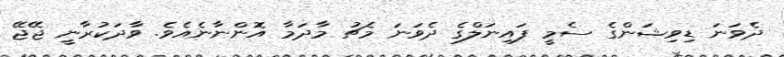
ދެވަނަ ޑިވިޝަންގެ ސެމީ ފައިނަލްގެ ދެވަނަ މެޗު މާދަމާ އޮންނާނެއެވެ. ވާދަކުރާނީ ޖޭޖޭ